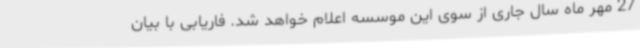
27 مهر ماه سال جاری از سوی این موسسه اعلام خواهد شد. فاریابی با بیان